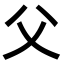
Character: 父